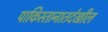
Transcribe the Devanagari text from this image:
पाकिस्तानातदेखील